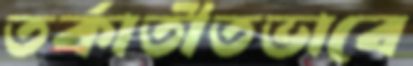
তর্কাতীতভাবে